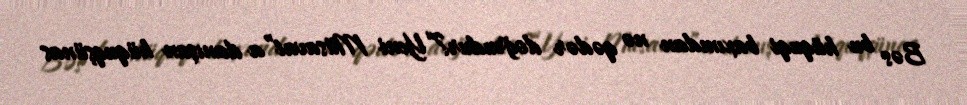
Bəs bu hüquqi baxımdan nə qədər doğrudur?“Yeni Müsavat”a danışan hüquqşünas